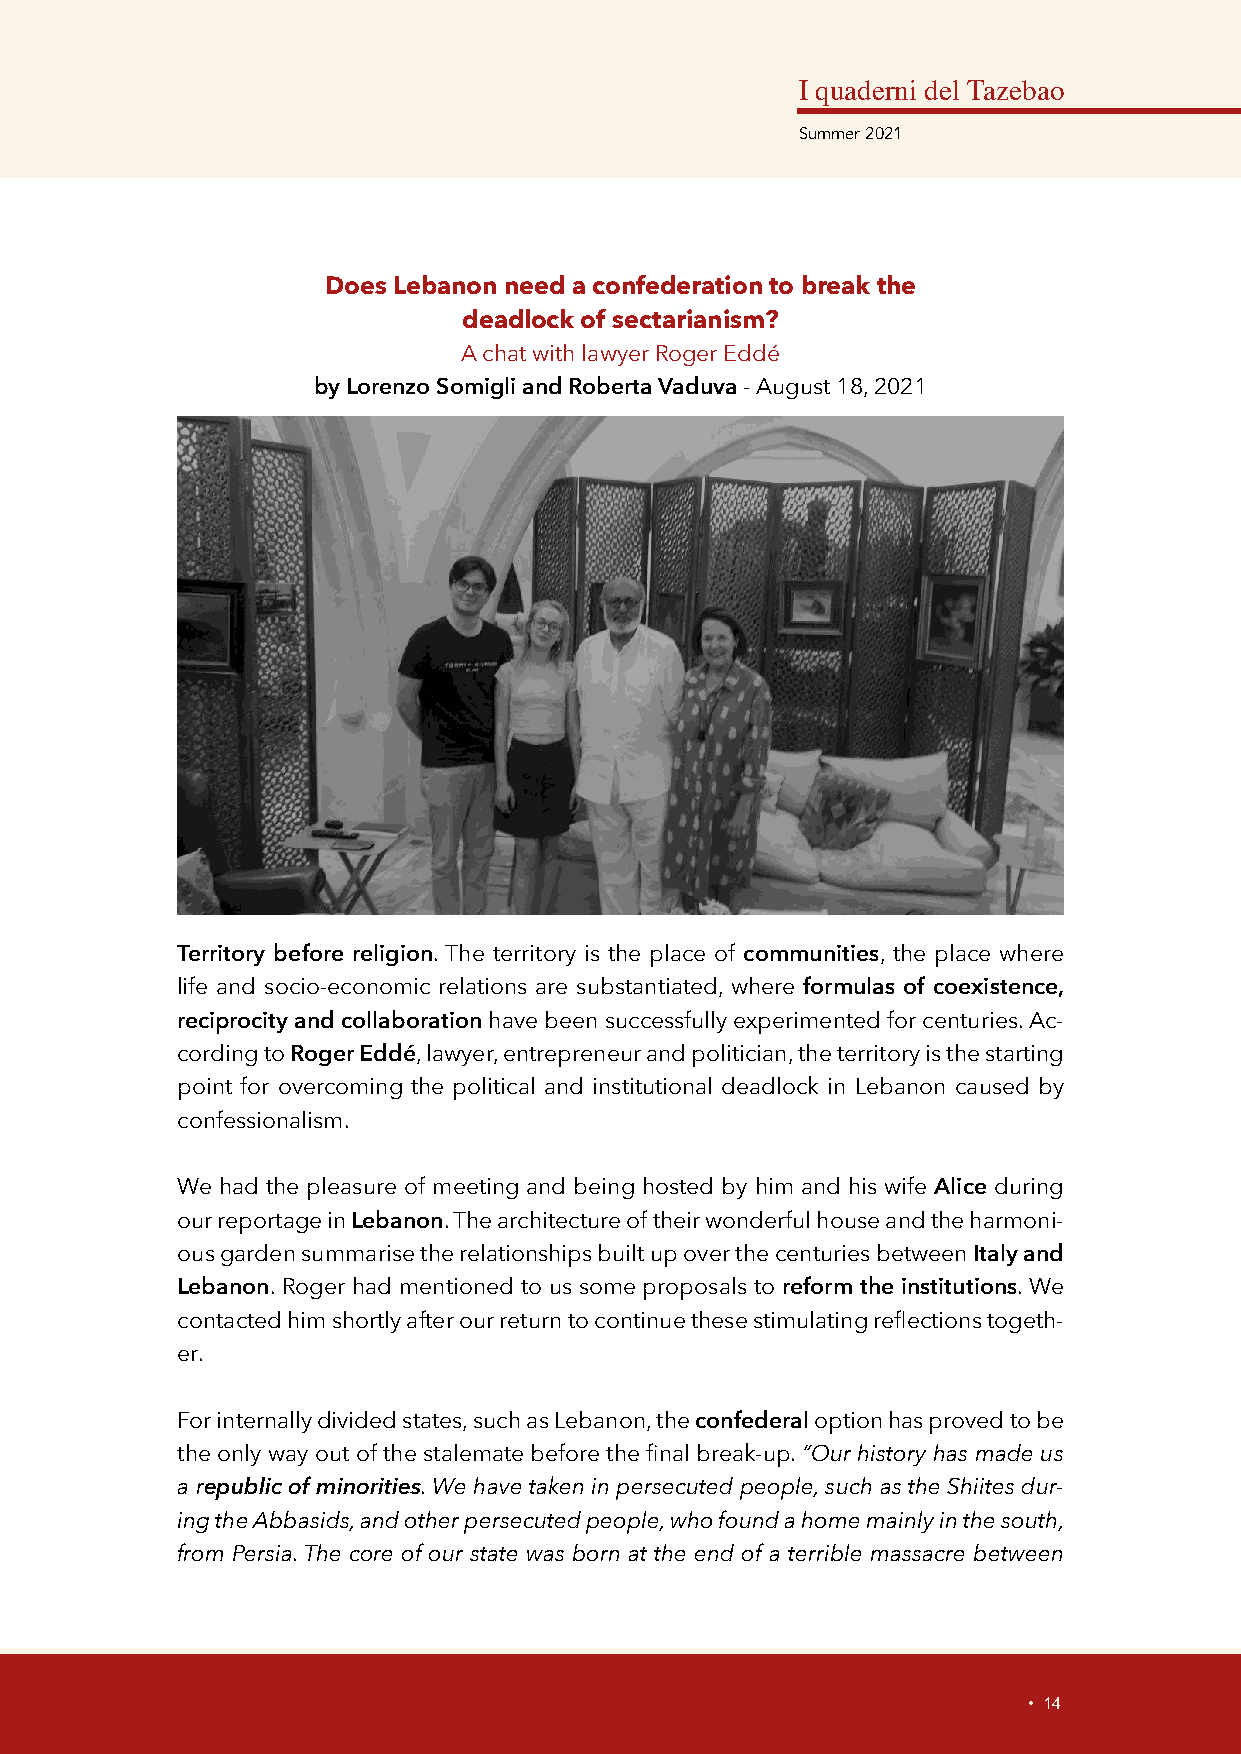
I quaderni del Tazebao
 Summer 2021
 Does Lebanon need a confederation to break the
 deadlock of sectarianism?
 A chat with lawyer Roger Eddé
 by Lorenzo Somigli and Roberta Vaduva - August 18, 2021
 Territory before religion. The territory is the place of communities, the place where
 life and socio-economic relations are substantiated, where formulas of coexistence,
 reciprocity and collaboration have been successfully experimented for centuries. Ac-
 cording to Roger Eddé, lawyer, entrepreneur and politician, the territory is the starting
 point for overcoming the political and institutional deadlock in Lebanon caused by
 confessionalism.
 We had the pleasure of meeting and being hosted by him and his wife Alice during
 our reportage in Lebanon. The architecture of their wonderful house and the harmoni-
 ous garden summarise the relationships built up over the centuries between Italy and
 Lebanon. Roger had mentioned to us some proposals to reform the institutions. We
 contacted him shortly after our return to continue these stimulating reflections togeth-
 er.
 For internally divided states, such as Lebanon, the confederal option has proved to be
 the only way out of the stalemate before the final break-up. “Our history has made us
 a republic of minorities. We have taken in persecuted people, such as the Shiites dur-
 ing the Abbasids, and other persecuted people, who found a home mainly in the south,
 from Persia. The core of our state was born at the end of a terrible massacre between
 • 14